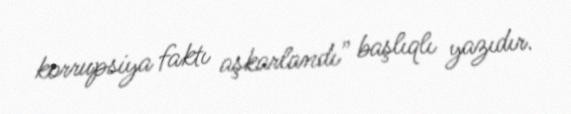
korrupsiya faktı aşkarlandı” başlıqlı yazıdır.